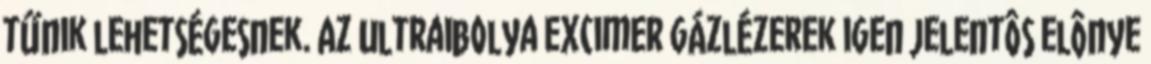
tűnik lehetségesnek. Az ultraibolya excimer gázlézerek igen jelentôs elônye